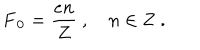
LaTeX: \mathbf { F _ { 0 } } = \frac { e n } { Z } \ , \quad n \in { \bf Z } \ .